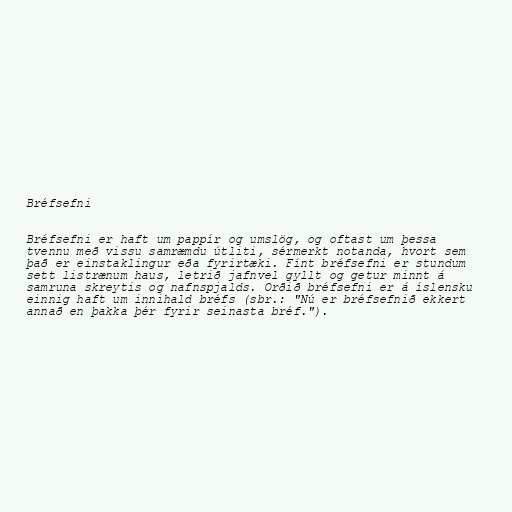
Bréfsefni

Bréfsefni er haft um pappír og umslög, og oftast um þessa
tvennu með vissu samræmdu útliti, sérmerkt notanda, hvort sem
það er einstaklingur eða fyrirtæki. Fínt bréfsefni er stundum
sett listrænum haus, letrið jafnvel gyllt og getur minnt á
samruna skreytis og nafnspjalds. Orðið bréfsefni er á íslensku
einnig haft um innihald bréfs (sbr.: "Nú er bréfsefnið ekkert
annað en þakka þér fyrir seinasta bréf.").